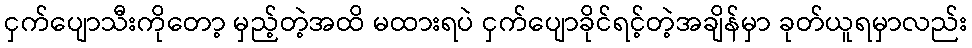
ငှက်ပျောသီးကိုတော့ မှည့်တဲ့အထိ မထားရပဲ ငှက်ပျောခိုင်ရင့်တဲ့အချိန်မှာ ခုတ်ယူရမှာလည်း